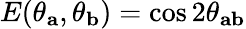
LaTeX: E(\theta_{\mathbf{a}},\theta_{\mathbf{b}})=\cos 2\theta_{\mathbf{ab}}